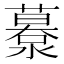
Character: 𦿹